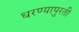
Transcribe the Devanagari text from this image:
धरण्यापुरती